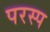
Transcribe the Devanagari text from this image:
परस्प